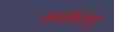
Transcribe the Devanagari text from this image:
अजीवाणु